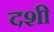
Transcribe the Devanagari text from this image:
दशी